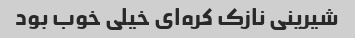
شیرینی نازک کره‌ای خیلی خوب بود